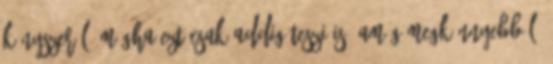
kényszerül, mégha ezt csak addig teszi is, amíg megkönnyebbül: